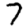
Digit: 7